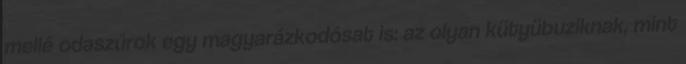
mellé odaszúrok egy magyarázkodósat is: az olyan kütyübuziknak, mint